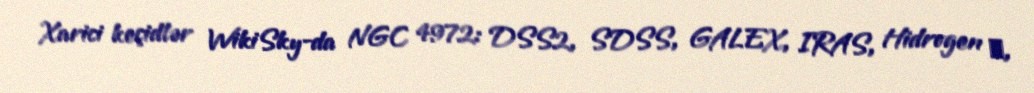
Xarici keçidlər WikiSky-da NGC 4972: DSS2, SDSS, GALEX, IRAS, Hidrogen α,